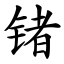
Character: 锗